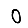
Digit: 0